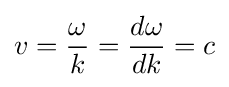
v={\frac {\omega }{k}}={\frac {d\omega }{dk}}=c